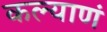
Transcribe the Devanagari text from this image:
कल्याणं